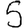
Digit: 5